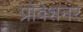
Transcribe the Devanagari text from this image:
प्रोबेशनर